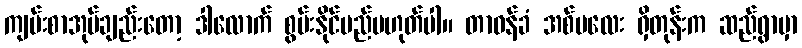
ကျမ်းစာအုပ်ချည်းတော့ ဒါလောက် စွမ်းနိုင်မည်မဟုတ်ပါ။ တာဝန်ခံ အစ်မလေး ရှိတုန်းက ဆည်ရွာမှာ